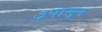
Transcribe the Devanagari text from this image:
७पासून